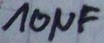
Text: 10µF